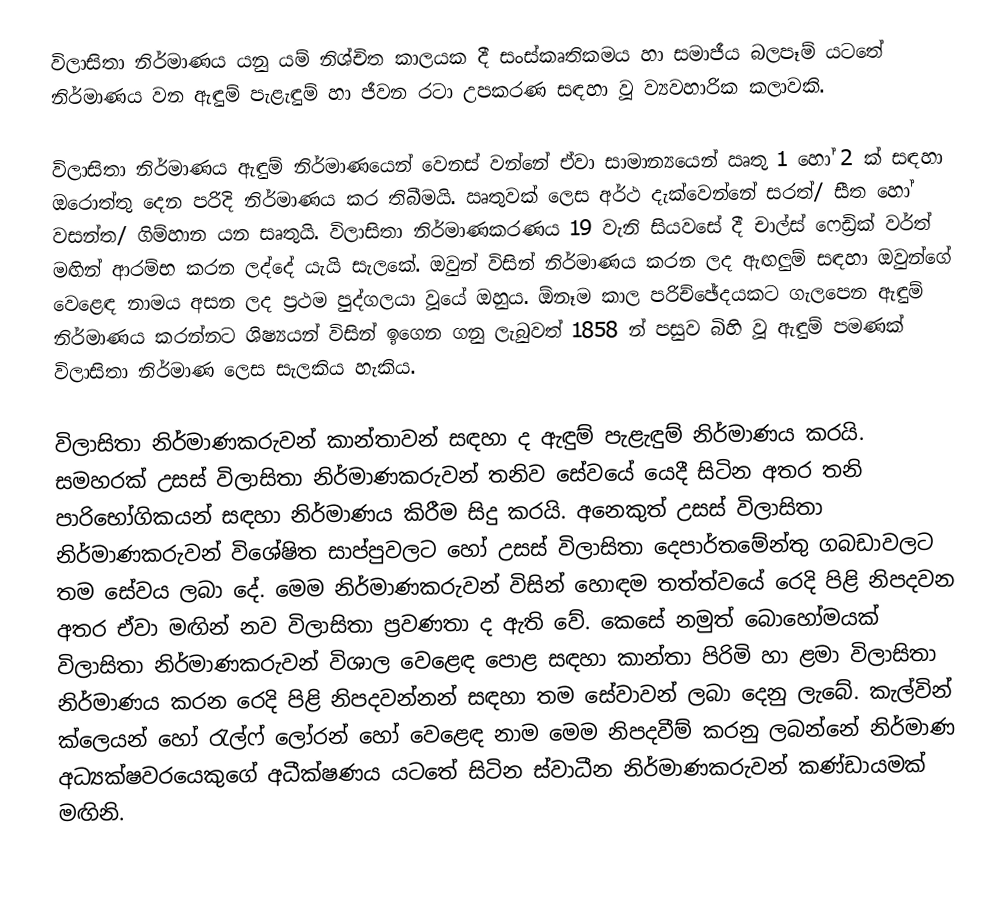
විලාසිතා නිර්මාණය යනු යම් නිශ්චිත කාලයක දී සංස්කෘතිකමය හා සමාජීය බලපෑම් යටතේ නිර්මාණය වන ඇඳුම් පැළැඳුම් හා ජීවන රටා උපකරණ සඳහා වූ ව්‍යවහාරික කලාවකි.

විලාසිතා නිර්මාණය ඇඳුම් නිර්මාණයෙන් වෙනස් වන්නේ ඒවා සාමාන්‍යයෙන් ඍතු 1 හෝ 2 ක් සඳහා ඔරොත්තු දෙන පරිදි නිර්මාණය කර තිබීමයි. ඍතුවක් ලෙස අර්ථ දැක්වෙන්නේ සරත්/ සීත හෝ වසන්ත/ ගිම්හාන යන සෘතුයි. විලාසිතා නිර්මාණකරණය 19 වැනි සියවසේ දී චාල්ස් ෆෙඩ්‍රික් වර්ත් මඟින් ආරම්භ කරන ලද්දේ යැයි සැලකේ. ඔවුන් විසින් නිර්මාණය කරන ලද ඇඟලුම් සඳහා ඔවුන්ගේ වෙළෙඳ නාමය අසන ලද ප්‍රථම පුද්ගලයා වූයේ ඔහුය. ඕනෑම කාල පරිච්ඡේදයකට ගැලපෙන ඇඳුම් නිර්මාණය කරන්නට ශිෂ්‍යයන් විසින් ඉගෙන  ගනු ලැබුවත් 1858 න් පසුව බිහි වූ ඇඳුම් පමණක් විලාසිතා නිර්මාණ ලෙස සැලකිය හැකිය.

විලාසිතා නිර්මාණකරුවන් කාන්තාවන් සඳහා ද ඇඳුම් පැළැඳුම් නිර්මාණය කරයි. සමහරක් උසස් විලාසිතා නිර්මාණකරුවන් තනිව සේවයේ යෙදී සිටින අතර තනි පාරිභෝගිකයන් සඳහා නිර්මාණය කිරීම සිදු කරයි. අනෙකුත් උසස් විලාසිතා නිර්මාණකරුවන් විශේෂිත සාප්පුවලට හෝ උසස් විලාසිතා දෙපාර්තමේන්තු ගබඩාවලට තම සේවය ලබා දේ. මෙම නිර්මාණකරුවන් විසින් හොඳම තත්ත්වයේ රෙදි පිළි නිපදවන අතර ඒවා මඟින් නව විලාසිතා ප්‍රවණතා ද ඇති වේ. කෙසේ නමුත් බොහෝමයක් විලාසිතා නිර්මාණකරුවන් විශාල වෙළෙඳ පොළ සඳහා කාන්තා පිරිමි හා ළමා විලාසිතා නිර්මාණය කරන රෙදි පිළි නිපදවන්නන් සඳහා තම සේවාවන් ලබා දෙනු ලැබේ. කැල්වින් ක්ලෙයන් හෝ රැල්ෆ් ලෝරන් හෝ වෙළෙඳ නාම මෙම නිපදවීම් කරනු ලබන්නේ නිර්මාණ අධ්‍යක්ෂවරයෙකුගේ අධීක්ෂණය යටතේ සිටින ස්වාධීන නිර්මාණකරුවන් කණ්ඩායමක් මඟිනි.